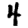
Digit: 4